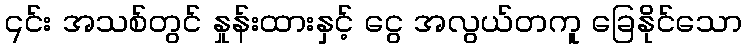
၎င်း အသစ်တွင် နှုန်းထားနှင့် ငွေ အလွယ်တကူ ခြေနိုင်သော